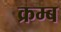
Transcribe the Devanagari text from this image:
क्रम्ब